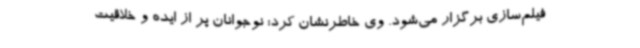
فیلم‌سازی برگزار می‌شود. وی خاطرنشان کرد: نوجوانان پر از ایده و خلاقیت